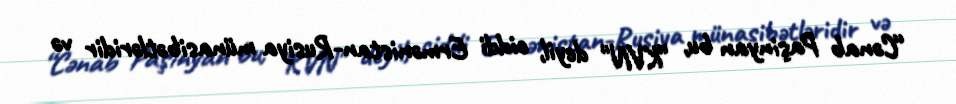
“Cənab Paşinyan bu, ”KVN" deyil, ciddi Ermənistan-Rusiya münasibətləridir və